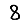
Digit: 8